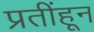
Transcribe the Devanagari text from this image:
प्रतींहून